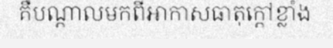
គឺបណ្តាលមកពីអាកាសធាតុក្តៅខ្លាំង